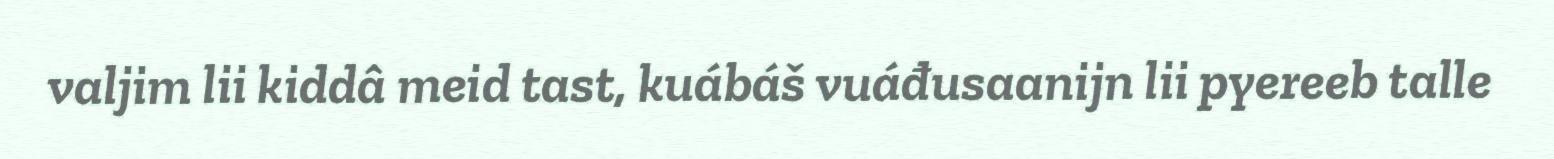
valjim lii kiddâ meid tast, kuábáš vuáđusaanijn lii pyereeb talle